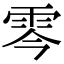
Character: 𩂇